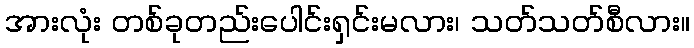
အားလုံး တစ်ခုတည်းပေါင်းရှင်းမလား၊ သတ်သတ်စီလား။